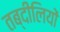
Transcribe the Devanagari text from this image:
तब्दीलियों